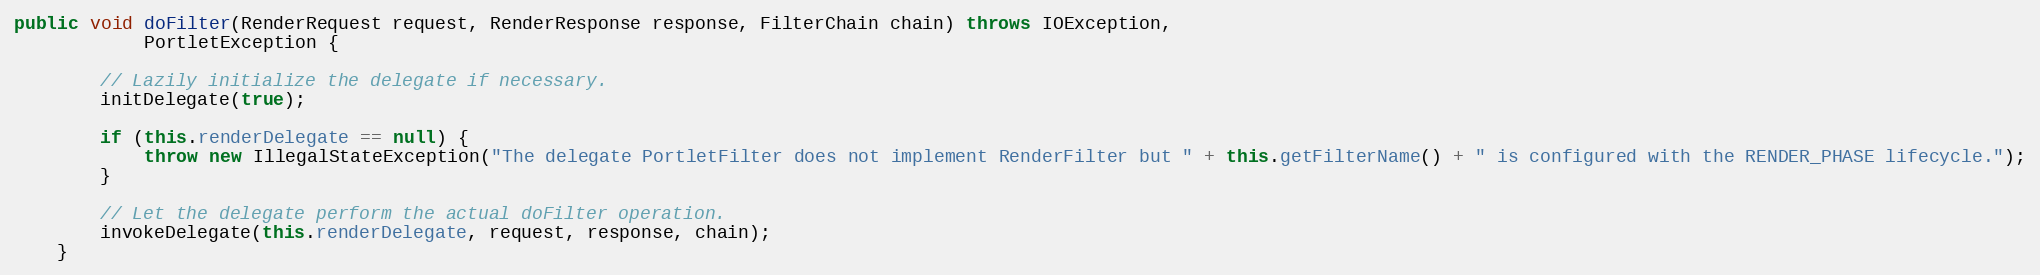
Language: Java
public void doFilter(RenderRequest request, RenderResponse response, FilterChain chain) throws IOException,
            PortletException {

        // Lazily initialize the delegate if necessary.
        initDelegate(true);

        if (this.renderDelegate == null) {
            throw new IllegalStateException("The delegate PortletFilter does not implement RenderFilter but " + this.getFilterName() + " is configured with the RENDER_PHASE lifecycle.");
        }

        // Let the delegate perform the actual doFilter operation.
        invokeDelegate(this.renderDelegate, request, response, chain);
    }